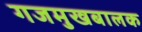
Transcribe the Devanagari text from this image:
गजमुखबालक